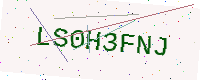
Text: LS0H3FNJ